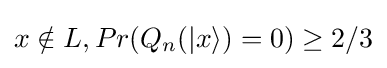
x\notin L,Pr(Q_{n}(|x\rangle )=0)\geq 2/3